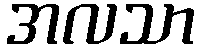
အလသာ